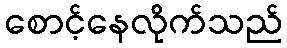
စောင့်နေလိုက်သည်